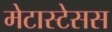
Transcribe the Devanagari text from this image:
मेटास्टेसस